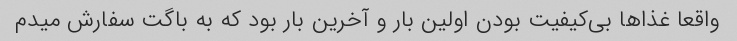
واقعا غذاها بی‌کیفیت بودن اولین بار و آخرین بار بود که به باگت سفارش میدم